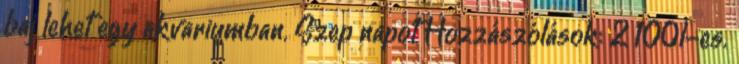
baj lehet egy akvariumban. Szep napot Hozzászólások: 2 100l-es.